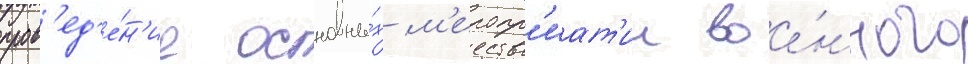
пров'ед'е́н'ие основны́х м'еропр'иат'ии вое́нного